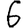
Digit: 6